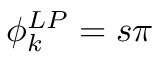
\phi _ { k } ^ { L P } = s \pi